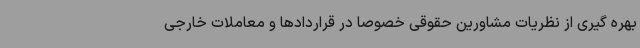
بهره گیری از نظریات مشاورین حقوقی خصوصا در قراردادها و معاملات خارجی